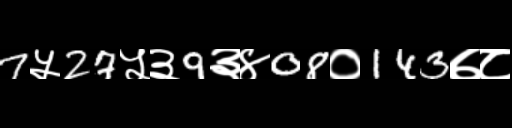
Text: 7५27५३9३४08०143७८